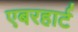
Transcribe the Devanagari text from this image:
एबरहार्ट